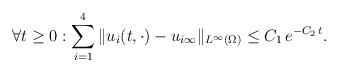
LaTeX: \begin{align*} \forall t \ge 0: \sum_{i=1}^4 \| u_i(t,\cdot) - u_{i\infty}\|_{L^{\infty}(\Omega)} \le C_1\, e^{- C_2\, t}. \end{align*}